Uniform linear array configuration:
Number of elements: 24
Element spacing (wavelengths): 0.5
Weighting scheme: uniform
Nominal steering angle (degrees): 0
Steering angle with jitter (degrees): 0.1275
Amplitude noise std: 0.05
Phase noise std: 0.05

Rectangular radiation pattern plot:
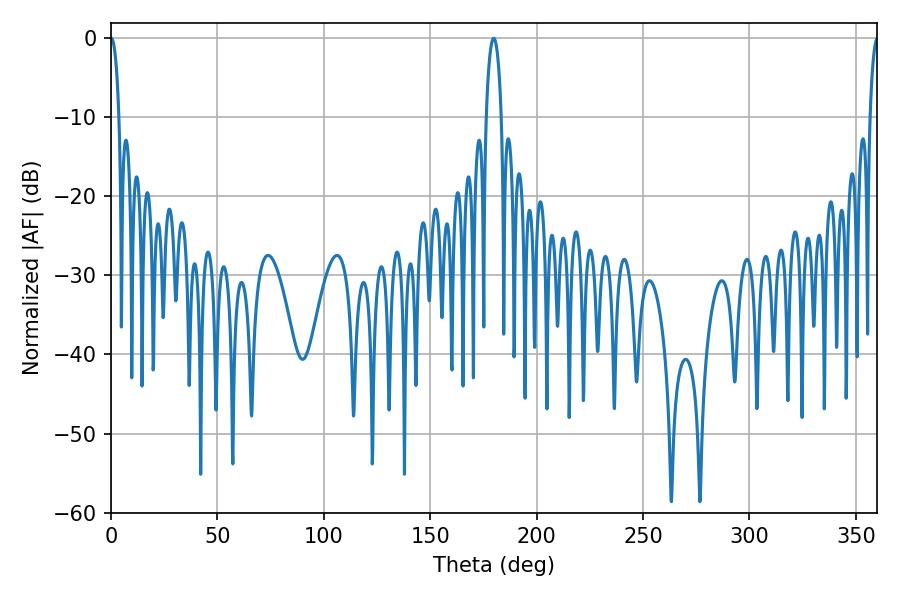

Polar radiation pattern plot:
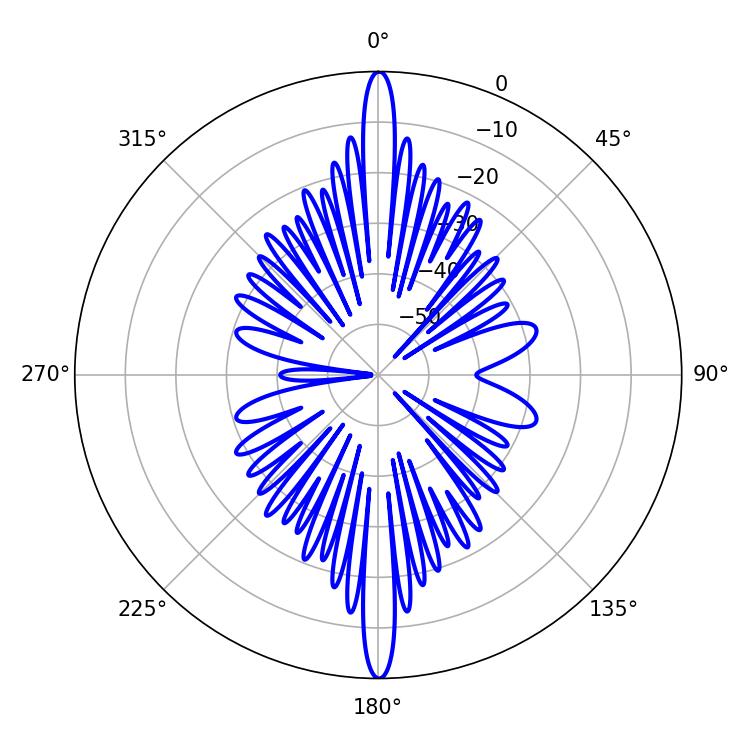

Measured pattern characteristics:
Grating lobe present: FALSE
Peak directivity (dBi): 34.134
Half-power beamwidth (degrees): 2.16
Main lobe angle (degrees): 0.18